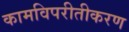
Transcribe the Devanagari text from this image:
कामविपरीतीकरण